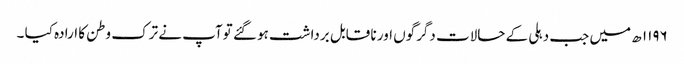
۱۱۹۶ ھ میں جب دہلی کے حالات دگرگوں اور نا قابل برداشت ہو گئے توآپ نے ترک وطن کا ارادہ کیا ۔